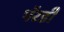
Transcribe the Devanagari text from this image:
पॅरडी